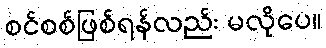
စင်စစ်ဖြစ်ရန်လည်း မလိုပေ။